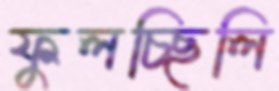
ফুলচ্ছিলি